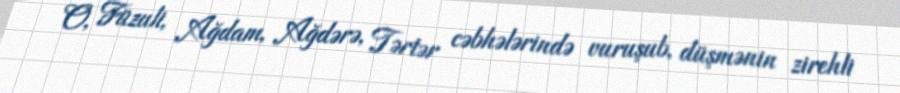
O, Füzuli, Ağdam, Ağdərə, Tərtər cəbhələrində vuruşub, düşmənin zirehli